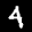
Label: 4